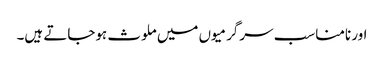
اور نامناسب سرگرمیوں میں ملوث ہوجاتے ہیں۔